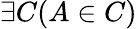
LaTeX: \exists C(A\in C)